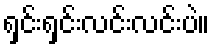
ရှင်းရှင်းလင်းလင်းပဲ။